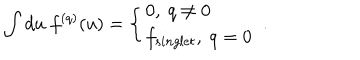
\int d u \; f ^ { ( q ) } ( u ) = \left\{ \begin{array} { l l } { { 0 , \ q \neq 0 } } \\ { { f _ { s i n g l e t } , \ q = 0 } } \\ \end{array} \right. \ .